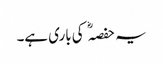
یہ حفصہ کی باری ہے۔